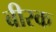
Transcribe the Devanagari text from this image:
बीस्क